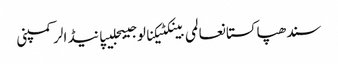
سندھپاکستانعالمی بینکٹیکنالوجیبجلیپانیڈالرکمپنی